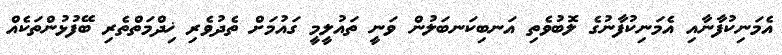
އެމަނިކުފާނާއި އެމަނިކުފާނުގެ ލޮބުވެތި އަނބިކަނބަލުން ވަނީ ތައުލީމީ ގައުމަށް ތެދުވެރި ޚިދްމަތްތެރި ބޭފުޅުންތަކެއް